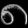
Digit: ၈